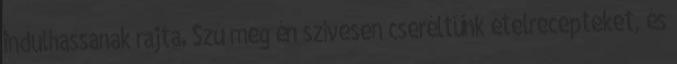
indulhassanak rajta. Szú meg én szívesen cseréltünk ételrecepteket, és